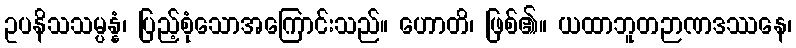
ဥပနိသသမ္ပန္နံ၊ ပြည့်စုံသောအကြောင်းသည်။ ဟောတိ၊ ဖြစ်၏။ ယထာဘူတဉာဏဒဿနေ၊